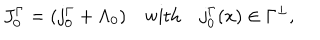
J _ { 0 } ^ { \Gamma } = ( j _ { 0 } ^ { \Gamma } + \Lambda _ { 0 } ) \quad \mathrm { w i t h } \quad j _ { 0 } ^ { \Gamma } ( x ) \in \Gamma ^ { \perp } ,